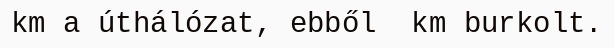
km a úthálózat, ebből  km burkolt.